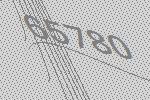
65780